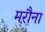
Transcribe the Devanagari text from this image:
मरौना